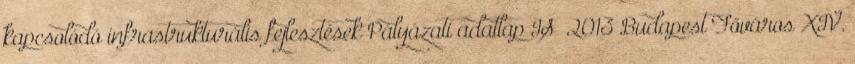
kapcsolódó infrastrukturális fejlesztések Pályázati adatlap IS 2013 Budapest Főváros XIV.